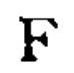
\(F\)